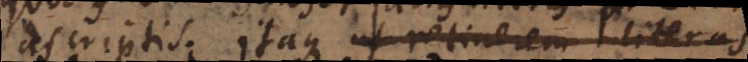
ascriptis. Itaque ut retinerem literas